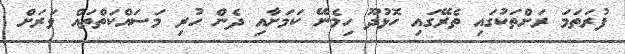
ފުރަތަމަ ރަށްތަކުގައި ތެރޭގައި ހޮޅުދޫ ހިމެނޭ ކަމަށާއި ދެން ހުރި މަސައްކަތްތައް ވަރަށް